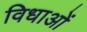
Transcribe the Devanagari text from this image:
विधाओं